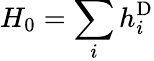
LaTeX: H_{0}=\sum_{i}h_{i}^{\mathrm{D}}